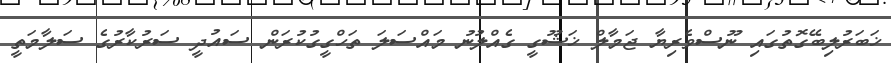
ޚަބަރުލިބޭގޮތުގައި ނޫސްވެރިޔާ ޖަމާލް ޚަޝޫގީ ގެއްލުނު މައްސަލަ ތަހްގީގުކުރަން ސައުދީ ސަރުކާރުގެ ސަލާމަތީ